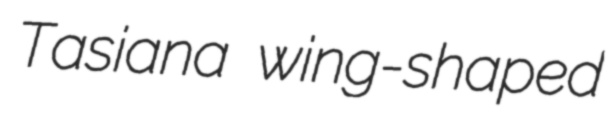
Tasiana wing-shaped